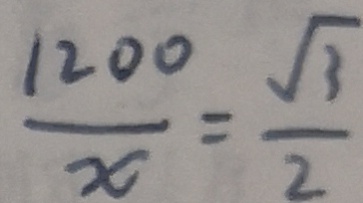
\frac { 1 2 0 0 } { x } = \frac { \sqrt { 3 } } { 2 }